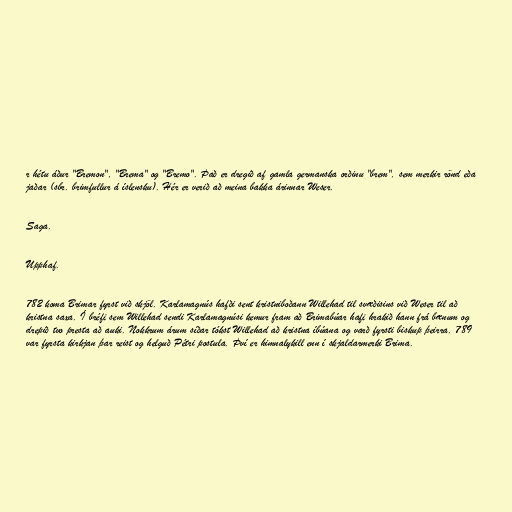
r hétu áður "Bremon", "Brema" og "Bremo". Það er dregið af gamla germanska orðinu "brem", sem merkir rönd eða
jaðar (sbr. brimfullur á íslensku). Hér er verið að meina bakka árinnar Weser.

Saga.

Upphaf.

782 koma Brimar fyrst við skjöl. Karlamagnús hafði sent kristniboðann Willehad til svæðisins við Weser til að
kristna saxa. Í bréfi sem Willehad sendi Karlamagnúsi kemur fram að Brimabúar hafi hrakið hann frá bænum og
drepið tvo presta að auki. Nokkrum árum síðar tókst Willehad að kristna íbúana og varð fyrsti biskup þeirra. 789
var fyrsta kirkjan þar reist og helguð Pétri postula. Því er himnalykill enn í skjaldarmerki Brima.